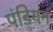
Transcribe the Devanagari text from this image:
पंडियन